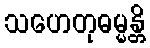
သဟေတုဓမ္မန္တိ